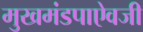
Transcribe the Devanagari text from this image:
मुखमंडपाऐवजी